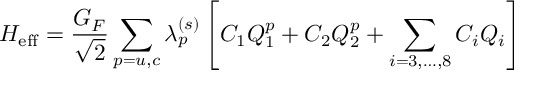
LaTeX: { \cal H } _ { \mathrm { e f f } } = \frac { G _ { F } } { \sqrt { 2 } } \sum _ { p = u , c } \lambda _ { p } ^ { ( s ) } \left[ C _ { 1 } Q _ { 1 } ^ { p } + C _ { 2 } Q _ { 2 } ^ { p } + \sum _ { i = 3 , \ldots , 8 } C _ { i } Q _ { i } \right]